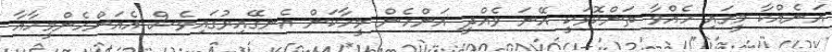
އަނެއްކާ މީގައި ހެއްވާ ތަންކޮޅަކީ އޭނަ ވެއްދީ އަންހެން މީހާކަން އެނގޭއިރުގައިވެސް އެއަންހެންމީހާއާ